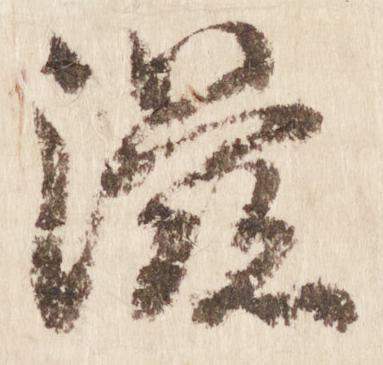
滋